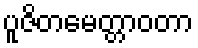
ပူဇိတမေတ္တာဝတာ